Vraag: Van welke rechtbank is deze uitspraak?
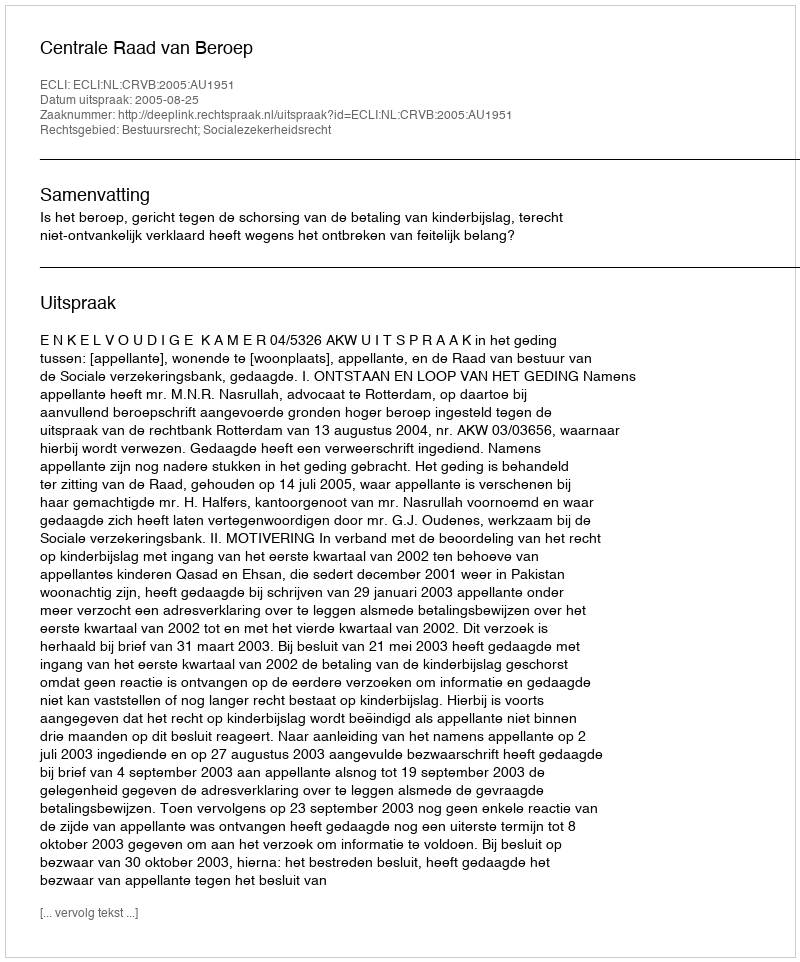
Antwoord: Centrale Raad van Beroep